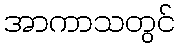
အာကာသတွင်